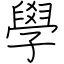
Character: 學